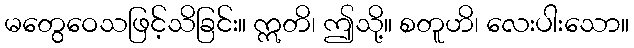
မတွေဝေသဖြင့်သိခြင်း။ ဣတိ၊ ဤသို့။ စတူဟိ၊ လေးပါးသော။